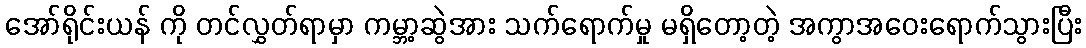
အော်ရိုင်းယန် ကို တင်လွှတ်ရာမှာ ကမ္ဘာ့ဆွဲအား သက်ရောက်မှု မရှိတော့တဲ့ အကွာအဝေးရောက်သွားပြီး